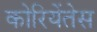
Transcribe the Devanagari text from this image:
कोरियेंतेस